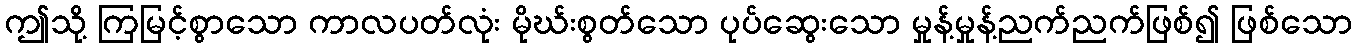
ဤသို့ ကြမြင့်စွာသော ကာလပတ်လုံး မိုဃ်းစွတ်သော ပုပ်ဆွေးသော မှုန့်မှုန့်ညက်ညက်ဖြစ်၍ ဖြစ်သော